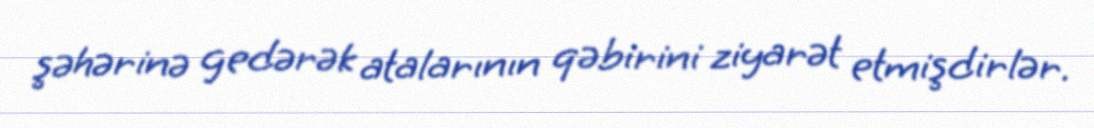
şəhərinə gedərək atalarının qəbirini ziyarət etmişdirlər.